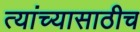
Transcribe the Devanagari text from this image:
त्यांच्यासाठीच